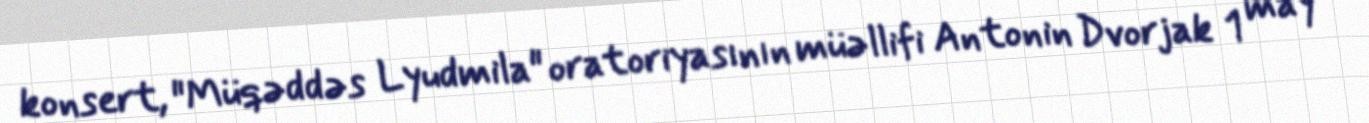
konsert, "Müqəddəs Lyudmila" oratoriyasının müəllifi Antonin Dvorjak 1 may